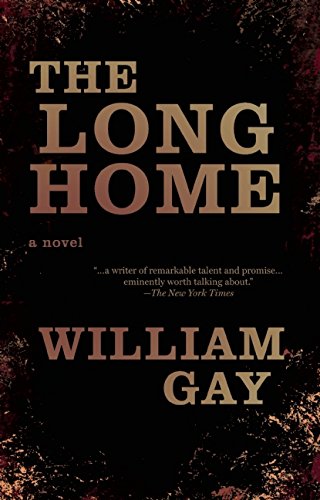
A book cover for The Long Home; William Gay; Literature & Fiction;